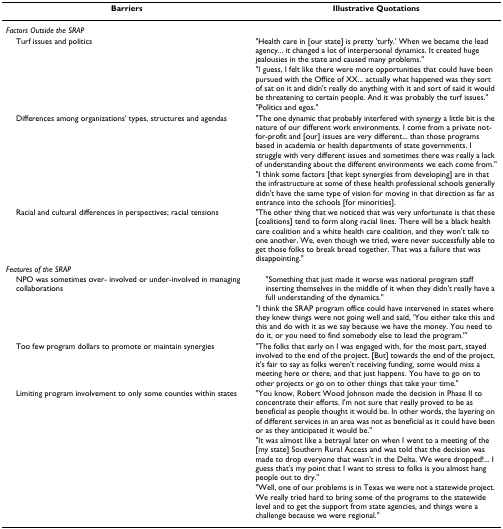
| Barriers | Illustrative Quotations |
 | --- | --- |
 | Factors Outside the SRAP |  |
 | Turf issues and politics | "Health care in [our state] is pretty 'turfy.' When we became the lead agency... it changed a lot of interpersonal dynamics. It created huge jealousies in the state and caused many problems." |
 |  | "I guess, I felt like there were more opportunities that could have been pursued with the Office of XX... actually what happened was they sort of sat on it and didn't really do anything with it and sort of said it would be threatening to certain people. And it was probably the turf issues." |
 |  | "Politics and egos." |
 | Differences among organizations' types, structures and agendas | "The one dynamic that probably interfered with synergy a little bit is the nature of our different work environments. I come from a private not-for-profit and [our] issues are very different... than those programs based in academia or health departments of state governments. I struggle with very different issues and sometimes there was really a lack of understanding about the different environments we each come from." |
 |  | "I think some factors [that kept synergies from developing] are in that the infrastructure at some of these health professional schools generally didn't have the same type of vision for moving in that direction as far as entrance into the schools [for minorities]. |
 | Racial and cultural differences in perspectives; racial tensions | "The other thing that we noticed that was very unfortunate is that these [coalitions] tend to form along racial lines. There will be a black health care coalition and a white health care coalition, and they won't talk to one another. We, even though we tried, were never successfully able to get those folks to break bread together. That was a failure that was disappointing." |
 | Features of the SRAP |  |
 | NPO was sometimes over- involved or under-involved in managing collaborations | "Something that just made it worse was national program staff inserting themselves in the middle of it when they didn't really have a full understanding of the dynamics." |
 |  | "I think the SRAP program office could have intervened in states where they knew things were not going well and said, 'You either take this and this and do with it as we say because we have the money. You need to do it, or you need to find somebody else to lead the program."' |
 | Too few program dollars to promote or maintain synergies | "The folks that early on I was engaged with, for the most part, stayed involved to the end of the project. [But] towards the end of the project, it's fair to say as folks weren't receiving funding, some would miss a meeting here or there, and that just happens. You have to go on to other projects or go on to other things that take your time." |
 | Limiting program involvement to only some counties within states | "You know, Robert Wood Johnson made the decision in Phase II to concentrate their efforts. I'm not sure that really proved to be as beneficial as people thought it would be. In other words, the layering on of different services in an area was not as beneficial as it could have been or as they anticipated it would be." |
 |  | "It was almost like a betrayal later on when I went to a meeting of the [my state] Southern Rural Access and was told that the decision was made to drop everyone that wasn't in the Delta. We were dropped!... I guess that's my point that I want to stress to folks is you almost hang people out to dry." |
 |  | "Well, one of our problems is in Texas we were not a statewide project. We really tried hard to bring some of the programs to the statewide level and to get the support from state agencies, and things were a challenge because we were regional." |